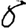
Digit: 8